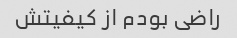
راضی بودم از کیفیتش